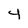
Character: 4